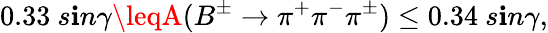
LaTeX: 0.33~s\mathbf{i}n\gamma\leqA(B^{\pm}\to\pi^{+}\pi^{-}\pi^{\pm})\leq0.34~s\mathbf{i}n\gamma,